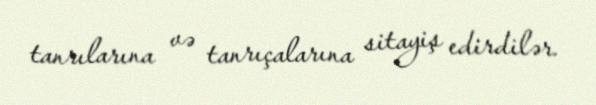
tanrılarına və tanrıçalarına sitayiş edirdilər.